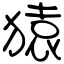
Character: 猿